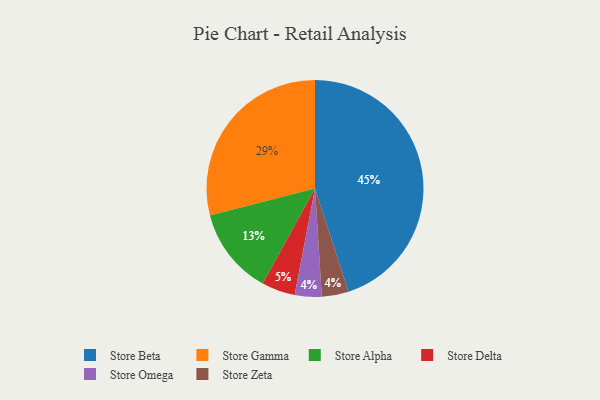
{"axis": {"x": "Category", "y": "Percentage"}, "legend": ["Store Alpha", "Store Beta", "Store Delta", "Store Gamma", "Store Omega", "Store Zeta"], "data": [{"x": "Store Delta", "y": 5, "type": "Store Delta"}, {"x": "Store Omega", "y": 4, "type": "Store Omega"}, {"x": "Store Alpha", "y": 13, "type": "Store Alpha"}, {"x": "Store Beta", "y": 45, "type": "Store Beta"}, {"x": "Store Zeta", "y": 4, "type": "Store Zeta"}, {"x": "Store Gamma", "y": 29, "type": "Store Gamma"}]}